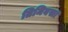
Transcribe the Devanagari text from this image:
तिमिवसा